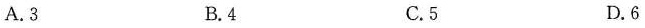
A. 3 B. 4 C. 5 D. 6